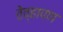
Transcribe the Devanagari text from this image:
तेव्हापण